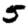
Digit: 5